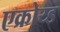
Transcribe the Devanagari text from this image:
एक्रोय्ड